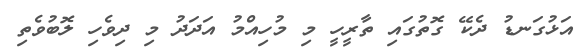
އަޅުގަނޑު ދެކޭ ގޮތުގައި ތާރީހީ މި މުހިއްމު އަދަދު މި ދިވެހި ލޮބުވެތި